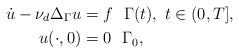
\begin{align*} \dot{u} - \nu_d \Delta_{\Gamma} u & = f ~~\Gamma(t),~t \in (0,T], \\ u(\cdot,0) &= 0 ~~\Gamma_0, \end{align*}